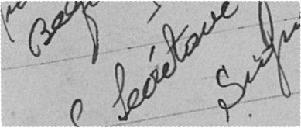
Belfort Le Secrétaire Signé